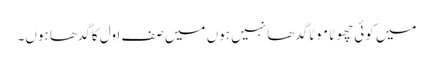
میں کوئی چھوٹا موٹا گدھا نہیں ہوں میں صف اول کا گدھا ہوں۔